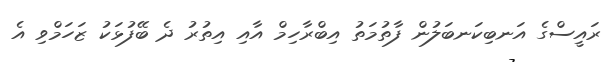
ރައީސްގެ އަނބިކަނބަލުން ފާތުމަތު އިބްރާހިމް އާއި އިތުރު ދެ ބޭފުޅަކު ޒަހަމްވި އެ